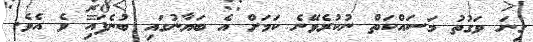
ގިނަ ވަގުތު މަސައްކަތް ނުކުރެވޭނެ ކަމަށް އެ ބަޔާނުގައި ބުނެފައި ވެ އެވެ.